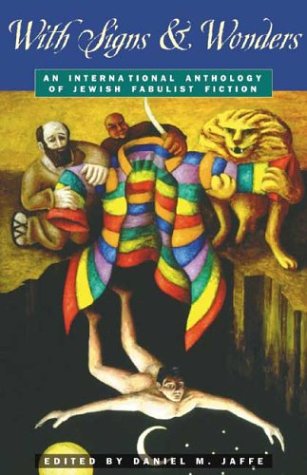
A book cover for With Signs & Wonders: An International Anthology of Jewish Fabulist Fiction; Religion & Spirituality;